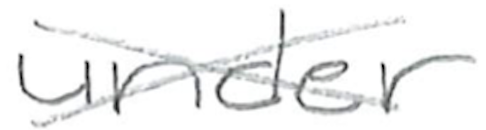
Text: under
Cross-out: cross
Writing tool: pencil